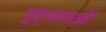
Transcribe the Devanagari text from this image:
पूर्णताओं